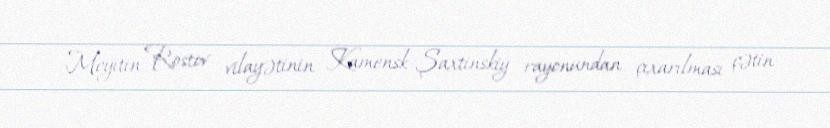
Meyitin Rostov vilayətinin Kamensk-Şaxtinskiy rayonundan çıxarılması çətin